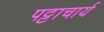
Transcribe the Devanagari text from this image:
पट्टाचार्य